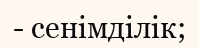
- сенімділік;